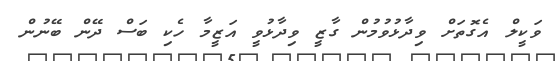
ވަކީލް އެގޮތަށް ވިދާޅުވުމުން ގާޒީ ވިދާޅުވީ އަޒީމާ ހެކި ބަސް ދޭން ބޭނުން